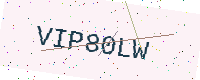
Text: VIP80LW